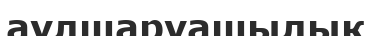
аулшаруашылық